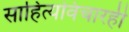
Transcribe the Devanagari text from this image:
साहित्यविचारही